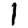
Digit: 1